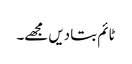
ٹائم بتا دیں مجھے۔